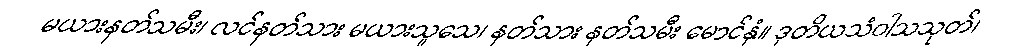
မယားနတ်သမီး၊ လင်နတ်သား မယားသူသေ၊ နတ်သား နတ်သမီး မောင်နှံ။ ဒုတိယသံဝါသသုတ်၊